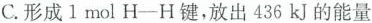
C.形成l mol H—H键，放出436kJ的能量